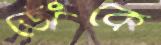
জেংকে